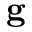
\textbf { g }